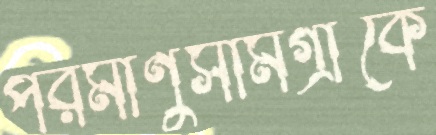
পরমাণুসামগ্রীকে